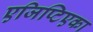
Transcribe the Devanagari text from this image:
एजिप्टिएका